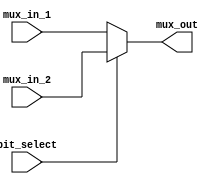
//////////////////////////////////////////////////////////////////////////////////
// Company: 
// Engineer: 
// 
// Design Name: 
// Module Name:    mux_2_a_1 
// Project Name: 
// Target Devices: 
// Tool versions: 
// Description: 
//
// Dependencies: 
//
// Revision: 
// Revision 0.01 - File Created
// Additional Comments: 
//
//////////////////////////////////////////////////////////////////////////////////
module elbeth_mux_2_to_1(
	input [31:0]		mux_in_1,
	input [31:0]		mux_in_2,
	input 				bit_select,
	output [31:0]		mux_out
    );

	assign mux_out = (bit_select) ? mux_in_2 : mux_in_1; 
	 
endmodule // elbeth_mux_2_to_1